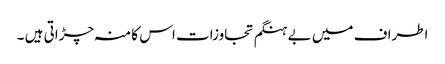
اطراف میں بے ہنگم تجاوزات اس کا منہ چڑاتی ہیں ۔